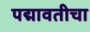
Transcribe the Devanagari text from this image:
पद्मावतीचा